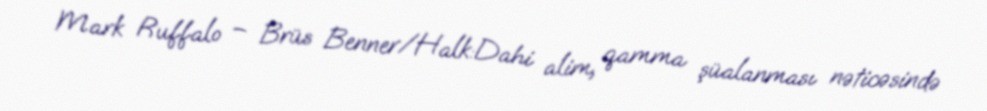
Mark Ruffalo – Brüs Benner/Halk:Dahi alim, qamma şüalanması nəticəsində